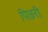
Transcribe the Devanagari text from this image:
पिछरी